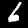
Digit: 6